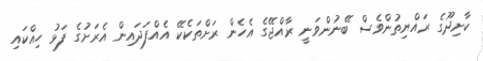
ކާށިދޫގެ ރައްޔިތުންވެސް ބޭނުންވަނީ ރާއްޖޭގެ އެހެން ރަށްތަކެކޭ އެއްފަދައިން އެރަށުގެ ފަޅު ހިއްކައި